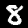
Digit: 8